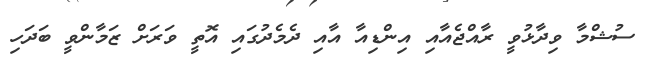
ސުޝްމާ ވިދާޅުވީ ރާއްޖެއާއި އިންޑިއާ އާއި ދެމެދުގައި އޮތީ ވަރަށް ޒަމާންވީ ބަދަހި